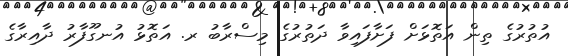
އުތުރުގެ ތިން އަތޮޅަށް ފަށާފައިވާ ދަތުރުގެ މިސްރާބު ރ. އަތޮޅު އުނގޫފާރު ދާއިރާގެ